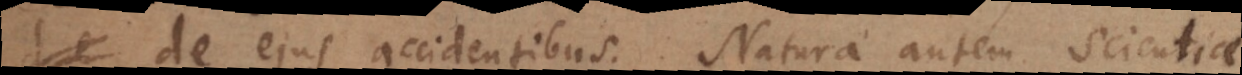
de ejus accidentibus. Natura autem scientiae